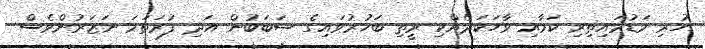
ހުރި މަޑުމައިތިރި ކަމާއި ވާހަކަދެއްކި ރީތި ބަހުރުވައިގެ ސަބަބުން އަދި ފުރަތަމަ ނަޒަރުންވެސް